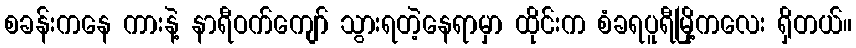
စခန်းကနေ ကားနဲ့ နာရီဝက်ကျော် သွားရတဲ့နေရာမှာ ထိုင်းက စံခရပူရီမြို့ကလေး ရှိတယ်။